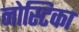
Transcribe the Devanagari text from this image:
नोस्टिका